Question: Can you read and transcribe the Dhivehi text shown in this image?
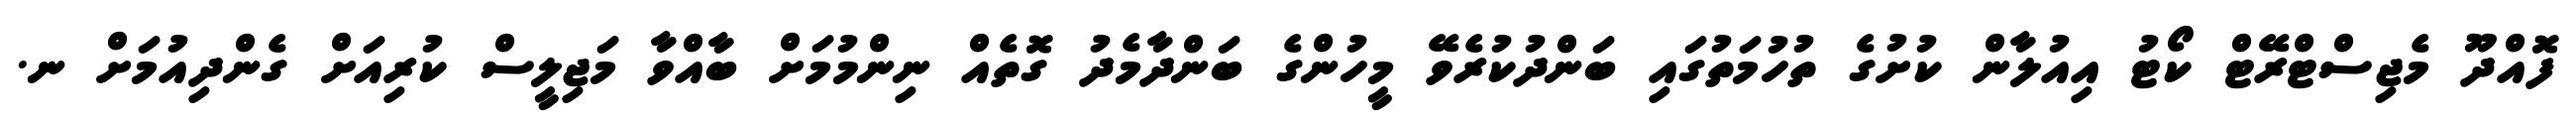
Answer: ފޮއްދޫ މެޖިސްޓްރޭޓް ކޯޓު އިއުލާން ކުށުގެ ތުހުމަތުގައި ބަންދުކުރެވޭ މީހުންގެ ބަންދާމެދު ގޮތެއް ނިންމުމަށް ބާއްވާ މަޖިލީސް ކުރިއަށް ގެންދިއުމަށް ނ.